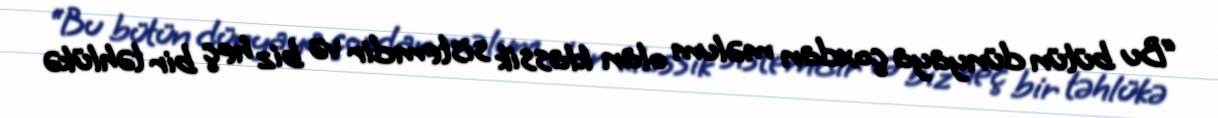
“Bu bütün dünyaya çoxdan məlum olan klassik sistemdir və biz heç bir təhlükə